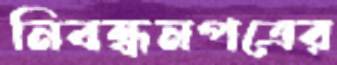
নিবন্ধনপত্রের